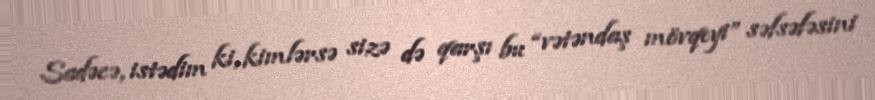
Sadəcə, istədim ki, kimlərsə sizə də qarşı bu “vətəndaş mövqeyi” səfsəfəsini